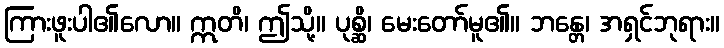
ကြားဖူးပါ၏လော။ ဣတိ၊ ဤသို့။ ပုစ္ဆိ၊ မေးတော်မူ၏။ ဘန္တေ၊ အရှင်ဘုရား။